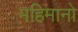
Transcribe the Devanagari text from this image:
महिमानो